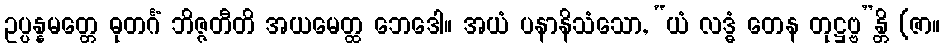
ဥပ္ပန္နမတ္တေ ဓုတင်္ဂံ ဘိဇ္ဇတီတိ အယမေတ္ထ ဘေဒေါ။ အယံ ပနာနိသံသော, “ယံ လဒ္ဓံ တေန တုဋ္ဌဗ္ဗ”န္တိ (ဇာ။